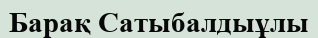
Барақ Сатыбалдыұлы